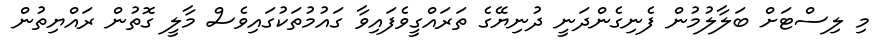
މި ލިސްޓަށް ބަލާލުމުން ފެނިގެންދަނީ ދުނިޔޭގެ ތަރައްގީވެފައިވާ ގައުމުތަކުގައިވެސް މާލީ ގޮތުން ރައްޔިތުން